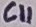
Text: C11